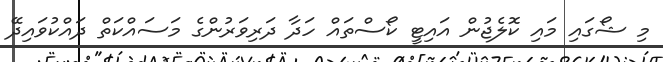
މި ޝޯގައި މައި ކޮލެޖުން އައިޓީ ކޯސްތައް ހަދާ ދަރިވަރުންގެ މަސައްކަތް ދައްކުވައިދޭ